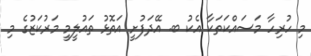
މި ހުރިހާ މަސައްކަތަކާ އެކު ބ. އޭދަފުށީ އަތޮޅު ތައުލީމީ މަރުކަޒުގެ މި